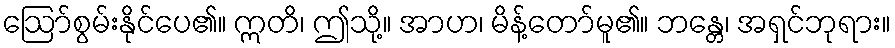
ဩော်စွမ်းနိုင်ပေ၏။ ဣတိ၊ ဤသို့။ အာဟ၊ မိန့်တော်မူ၏။ ဘန္တေ၊ အရှင်ဘုရား။